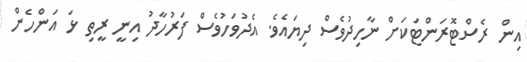
އިން ރެސްޓޮރަންޓަކަށް ނާހިދުވެސް ދިޔައެވެ. އެދުވަހުވެސް ފަރުހާދު އިނީ ރީތި ޅަ އަންހެން